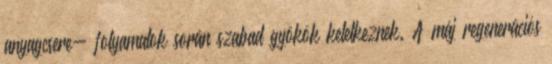
anyagcsere- folyamatok során szabad gyökök keletkeznek. A máj regenerációs